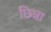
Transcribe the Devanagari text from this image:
छिन्ना